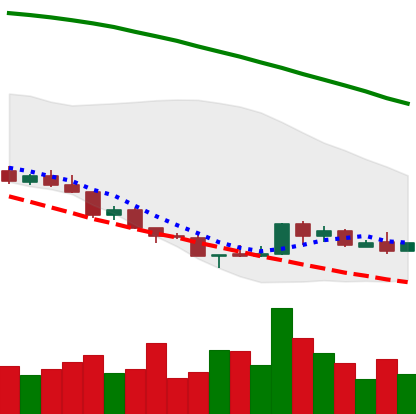
Ticker: NEO-USD
Chart end date: 2018-08-23
Forward return: 20.174%
Label: up_7plus